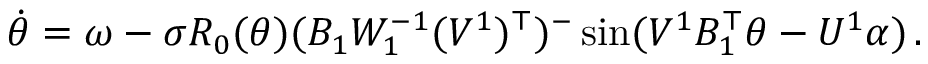
\begin{array} { r } { \Dot { \theta } = \omega - \sigma R _ { 0 } ( \theta ) ( B _ { 1 } W _ { 1 } ^ { - 1 } ( V ^ { 1 } ) ^ { \top } ) ^ { - } \sin ( V ^ { 1 } B _ { 1 } ^ { \top } \theta - U ^ { 1 } \alpha ) \, . } \end{array}